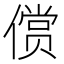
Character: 𱏐